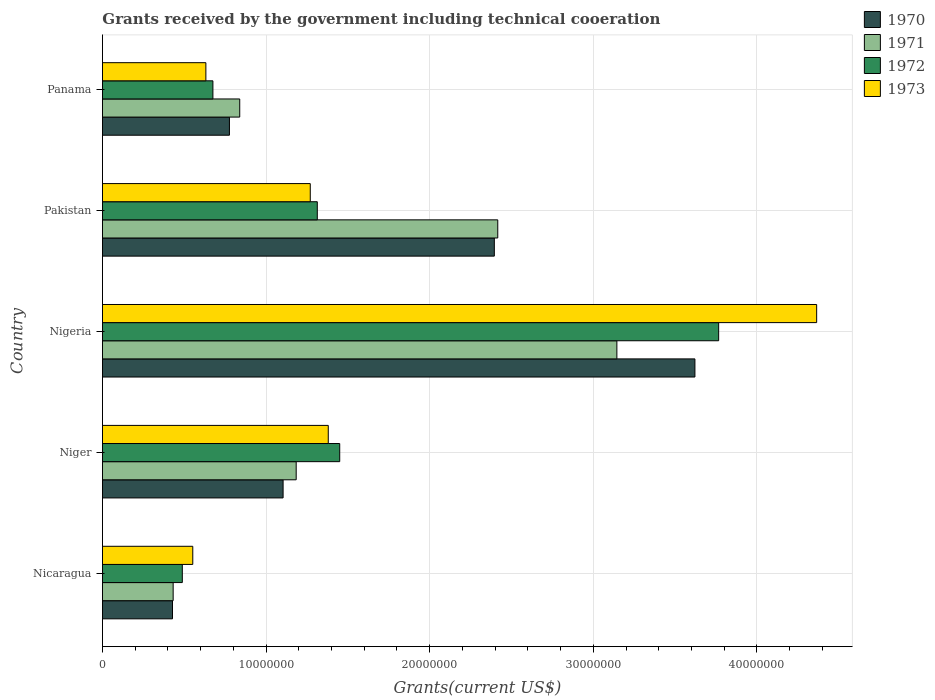
| Country | 1970 | 1971 | 1972 | 1973 |
 | --- | --- | --- | --- | --- |
 | Nicaragua | 4.28e+06 | 4.32e+06 | 4.88e+06 | 5.52e+06 |
 | Niger | 1.1e+07 | 1.18e+07 | 1.45e+07 | 1.38e+07 |
 | Nigeria | 3.62e+07 | 3.14e+07 | 3.77e+07 | 4.36e+07 |
 | Pakistan | 2.4e+07 | 2.42e+07 | 1.31e+07 | 1.27e+07 |
 | Panama | 7.76e+06 | 8.39e+06 | 6.75e+06 | 6.32e+06 |